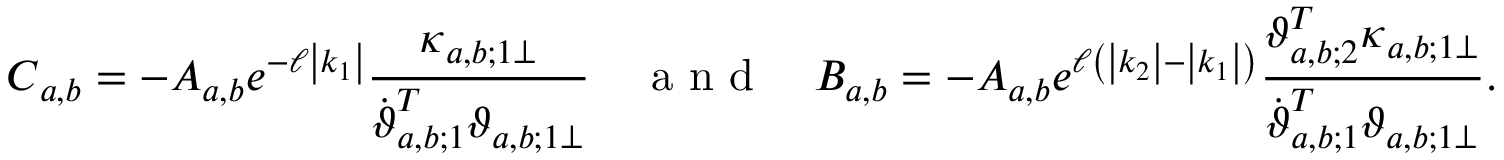
\boldsymbol { C } _ { a , b } = - A _ { a , b } e ^ { - \ell \left| k _ { 1 } \right| } \frac { \boldsymbol { \kappa } _ { a , b ; 1 \perp } } { \dot { \boldsymbol { \vartheta } } _ { a , b ; 1 } ^ { T } \boldsymbol { \vartheta } _ { a , b ; 1 \perp } } \quad \mathrm { ~ a ~ n ~ d ~ } \quad B _ { a , b } = - A _ { a , b } e ^ { \ell \left( \left| k _ { 2 } \right| - \left| k _ { 1 } \right| \right) } \frac { \boldsymbol { \vartheta } _ { a , b ; 2 } ^ { T } \boldsymbol { \kappa } _ { a , b ; 1 \perp } } { \dot { \boldsymbol { \vartheta } } _ { a , b ; 1 } ^ { T } \boldsymbol { \vartheta } _ { a , b ; 1 \perp } } .